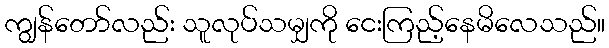
ကျွန်တော်လည်း သူလုပ်သမျှကို ငေးကြည့်နေမိလေသည်။